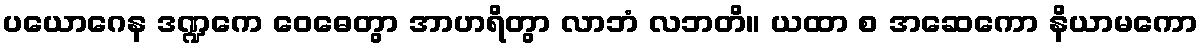
ပယောဂေန ဒဏ္ဍကေ ဝေဓေတွာ အာဟရိတွာ လာဘံ လဘတိ။ ယထာ စ အဆေကော နိယာမကော